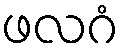
ဖလဂံ